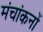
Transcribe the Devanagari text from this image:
मंचांकनों